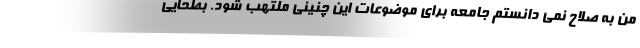
من به صلاح نمی دانستم جامعه برای موضوعات این چنینی ملتهب شود. بطحایی